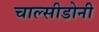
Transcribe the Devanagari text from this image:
चाल्सीडोनी